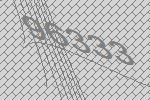
96333